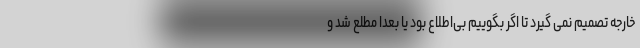
خارجه تصمیم نمی گیرد تا اگر بگوییم بی‌اطلاع بود یا بعدا مطلع شد و